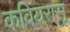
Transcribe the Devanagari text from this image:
कवियरासू